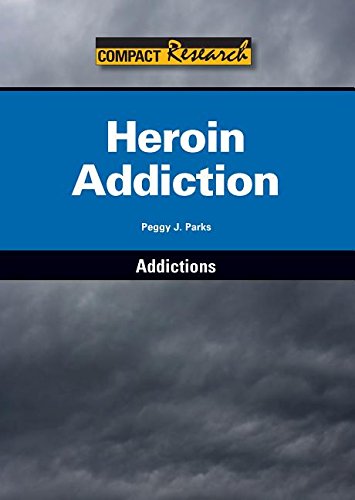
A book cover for Heroin Addiction (Compact Research: Addictions); Peggy J. Parks; Teen & Young Adult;